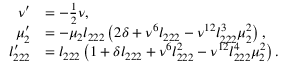
\begin{array} { r l } { \nu ^ { \prime } } & { = - \frac 1 2 \nu , } \\ { \mu _ { 2 } ^ { \prime } } & { = - \mu _ { 2 } l _ { 2 2 2 } \left( 2 \delta + \nu ^ { 6 } l _ { 2 2 2 } - \nu ^ { 1 2 } l _ { 2 2 2 } ^ { 3 } \mu _ { 2 } ^ { 2 } \right) , } \\ { l _ { 2 2 2 } ^ { \prime } } & { = l _ { 2 2 2 } \left( 1 + \delta l _ { 2 2 2 } + \nu ^ { 6 } l _ { 2 2 2 } ^ { 2 } - \nu ^ { 1 2 } l _ { 2 2 2 } ^ { 4 } \mu _ { 2 } ^ { 2 } \right) . } \end{array}